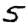
Digit: 5